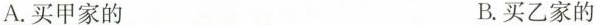
A.买甲家的 B.买乙家的